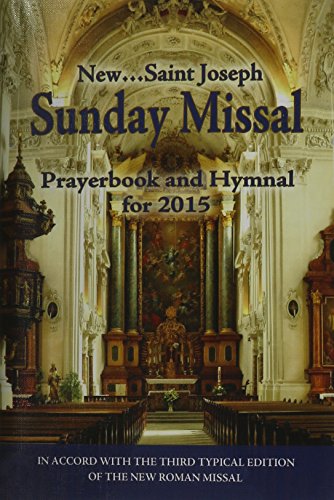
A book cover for St. Joseph Sunday Missal and Hymnal: For 2015; Usccb; Christian Books & Bibles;